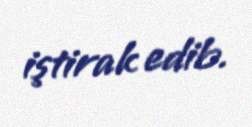
iştirak edib.